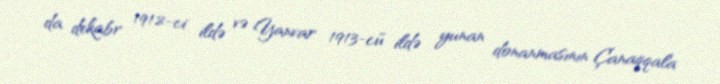
da dekabr 1912-ci ildə və Yanvar 1913-cü ildə yunan donanmasının Çanaqqala